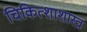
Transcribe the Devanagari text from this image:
चिकित्शाशास्त्र